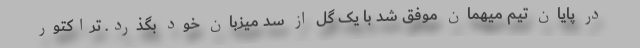
در پایان تیم میهمان موفق شد با یک گل از سد میزبان خود بگذرد. تراکتور